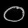
Digit: ၀